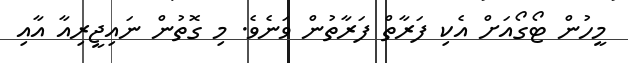
މީހުން ޓޯގޯއަށް އެކި ފަރާތް ފަރާތުން ވަނެވެ. މި ގޮތުން ނައިޖީރިއާ އާއި